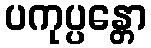
ပကုပ္ပန္တော